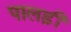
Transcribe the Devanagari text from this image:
पालड़ी